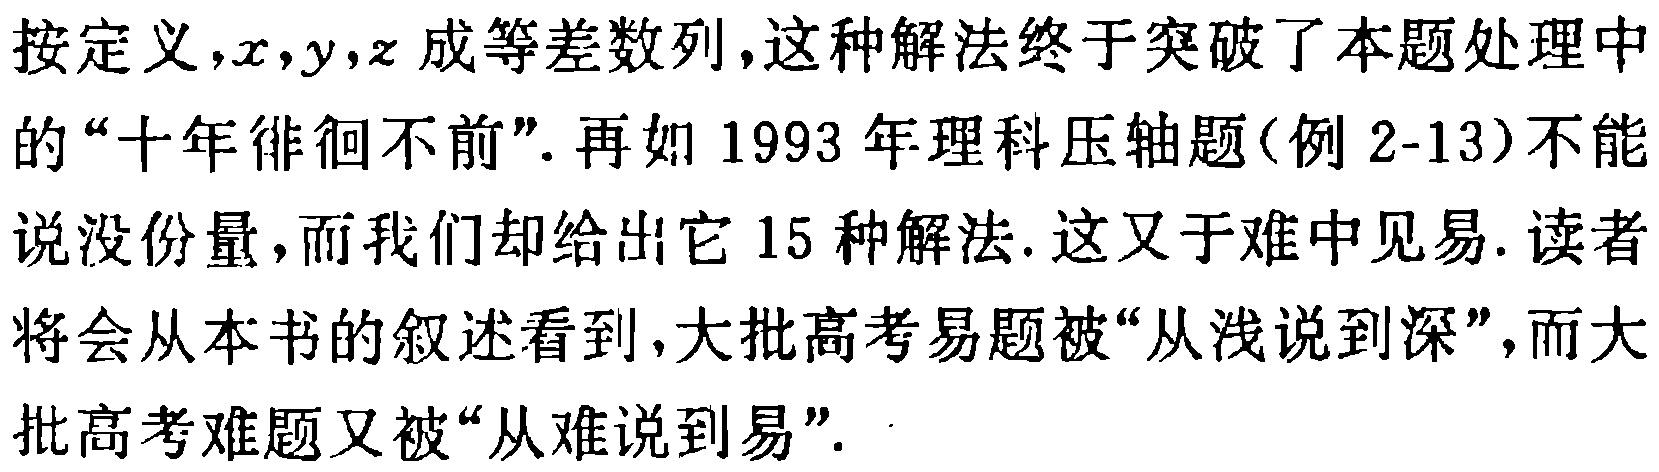
按定义,$x,y,z$成等差数列,这种解法终于突破了本题处理中的“十年徘徊不前”.再如1993年理科压轴题(例2-13)不能说没份量,而我们却给出它15种解法.这又于难中见易.读者将会从本书的叙述看到,大批高考易题被“从浅说到深”,而大批高考难题又被“从难说到易”.